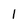
Character: 1